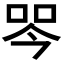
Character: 𭇾